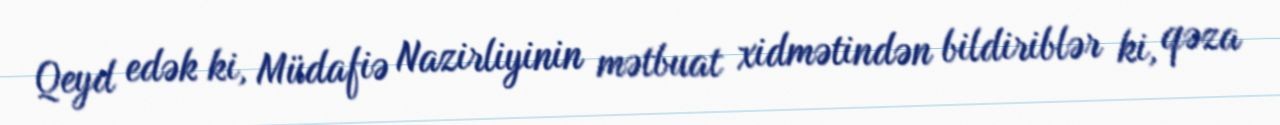
Qeyd edək ki, Müdafiə Nazirliyinin mətbuat xidmətindən bildiriblər ki, qəza